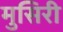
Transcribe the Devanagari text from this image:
मुसिरी